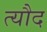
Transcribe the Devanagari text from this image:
त्यौद